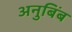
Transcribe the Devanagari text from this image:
अनुबिंब